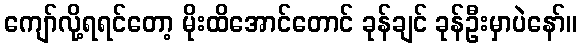
ကျော်လို့ရရင်တော့ မိုးထိအောင်တောင် ခုန်ချင် ခုန်ဦးမှာပဲနော်။